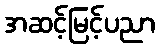
အဆင့်မြင့်ပညာ